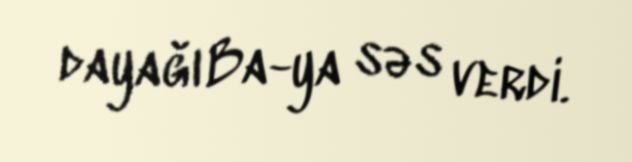
dayağı Ba-ya səs verdi.